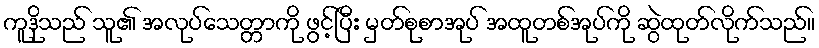
ကူဒိုသည် သူ၏ အလုပ်သေတ္တာကို ဖွင့်ပြီး မှတ်စုစာအုပ် အထူတစ်အုပ်ကို ဆွဲထုတ်လိုက်သည်။